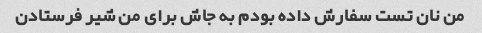
من نان تست سفارش داده بودم به جاش برای من شیر فرستادن